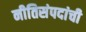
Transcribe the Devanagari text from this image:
नीतिसंपदांची